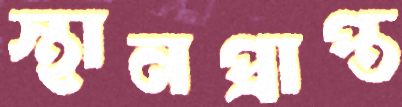
স্থানপ্রাপ্ত